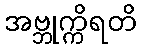
အဗ္ဘုက္ကိရတိ